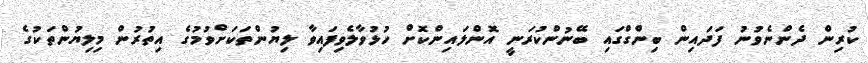
ކުރިން ދެންނެވުނު ފަދައިން ބިންގްގައި ބޭނުންކުރަނީ އޮންލައިންކޮށް ހުޅުވާލެވިފައިވާ ލިޔުންތަކަށްވުމުގެ އިތުރުން މިލިޔުންތަކުގެ